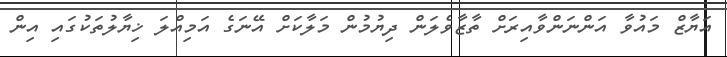
އަޔާޒް މައުވާ އަންނަންވާއިރަށް ތާޒާވެލަން ދިޔުމުން މަލާކަށް އޭނަގެ އަމިއްލަ ޚިޔާލުތަކުގައި އިން